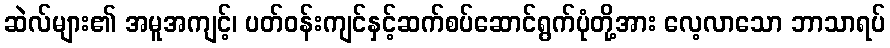
ဆဲလ်များ၏ အမူအကျင့်၊ ပတ်ဝန်းကျင်နှင့်ဆက်စပ်ဆောင်ရွက်ပုံတို့အား လေ့လာသော ဘာသာရပ်